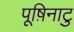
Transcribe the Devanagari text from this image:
पूष़िनाटु